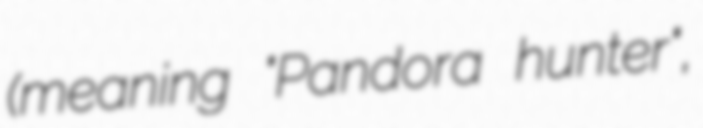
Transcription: (meaning "Pandora hunter",